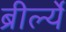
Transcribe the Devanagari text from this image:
ब्रीर्ल्ये